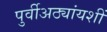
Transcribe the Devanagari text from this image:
पुर्वीअठ्यांयशीं